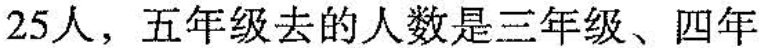
25人，五年级去的人数是三年级、四年